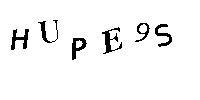
HUPE9S